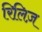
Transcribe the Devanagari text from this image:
रिलि़ज़